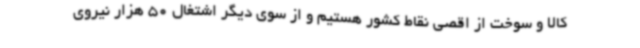
کالا و سوخت از اقصی نقاط کشور هستیم و از سوی دیگر اشتغال 50 هزار نیروی